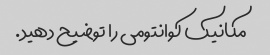
مکانیک کوانتومی را توضیح دهید.